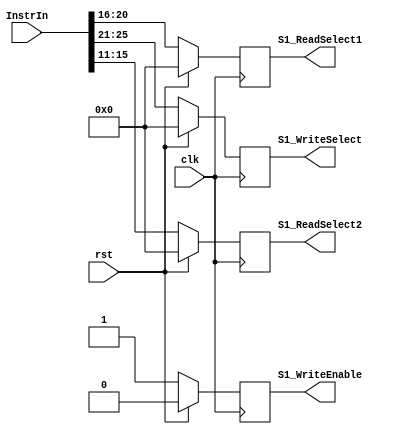
`timescale 1ns / 1ns
//////////////////////////////////////////////////////////////////////////////////
// Company: 
// Engineer: 
// 
// Design Name: 
// Module Name:    S1_Register 
// Project Name: 
// Target Devices: 
// Tool versions: 
// Description: 
//
// Dependencies: 
//
// Revision: 
// Revision 0.01 - File Created
// Additional Comments: 
//
//////////////////////////////////////////////////////////////////////////////////
module S1_Register(
	input clk,
	input rst,
	input [31:0] InstrIn,
	output reg [4:0] S1_ReadSelect1,
	output reg [4:0] S1_ReadSelect2,
	output reg [4:0] S1_WriteSelect,
	output reg S1_WriteEnable
   );

	always@(posedge clk)
		begin
		if (rst)
			begin
			S1_ReadSelect1 <= 5'd0;
			S1_ReadSelect2 <= 5'd0;
			S1_WriteSelect <= 5'd0;
			S1_WriteEnable <= 1'b0;
			end
		else
			begin
			S1_ReadSelect1 <= InstrIn[20:16];
			S1_ReadSelect2 <= InstrIn[15:11];
			S1_WriteSelect <= InstrIn[25:21];
			S1_WriteEnable <= 1'b1;
			end
		end

endmodule